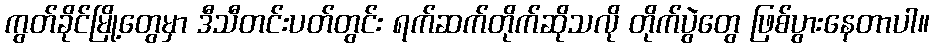
ကွတ်ခိုင်မြို့တွေမှာ ဒီသီတင်းပတ်တွင်း ရက်ဆက်တိုက်ဆိုသလို တိုက်ပွဲတွေ ဖြစ်ပွားနေတာပါ။